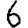
Digit: 6